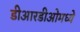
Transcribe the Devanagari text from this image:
डीआरडीओमध्ये